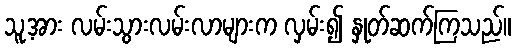
သူ့အား လမ်းသွားလမ်းလာများက လှမ်း၍ နှုတ်ဆက်ကြသည်။